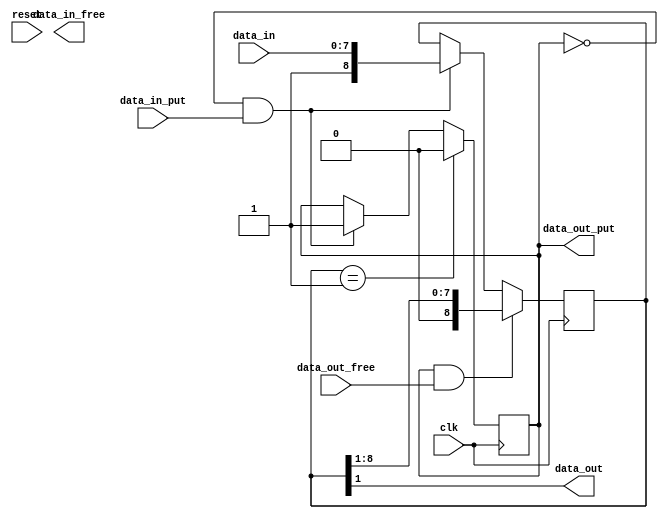
module width_adapter #(
  parameter [31:0] INPUT_WIDTH = 8,
  parameter [31:0] OUTPUT_WIDTH = 1
) (
  input clk,
  input reset,

  input data_in_put,
  output data_in_free,
  input [INPUT_WIDTH-1:0] data_in,

  output data_out_put,
  input data_out_free,
  output [OUTPUT_WIDTH-1:0] data_out
);

  generate
    if (INPUT_WIDTH > OUTPUT_WIDTH) begin
      // wide to narrow conversion
      reg [INPUT_WIDTH:0] data_in_q;
      reg has_data;

      always @(posedge clk) begin
        if (!has_data && data_in_put) begin
          data_in_q <= {1'b1, data_in};
          has_data <= 1;
        end

        if (has_data && data_out_free) begin
          data_in_q <= data_in_q >> OUTPUT_WIDTH;
        end

        if (data_in_q == 1'b1) begin
          has_data <= 0;
        end
      end

      assign data_out = data_in_q[OUTPUT_WIDTH:1];
      assign data_out_put = has_data;


    end else if (INPUT_WIDTH < OUTPUT_WIDTH) begin
      // narrow to wide conversion


    end else begin
      assign data_in_free = data_out_free;
      assign data_out_put = data_in_put;
      assign data_out = data_in;
    end
  endgenerate

endmodule